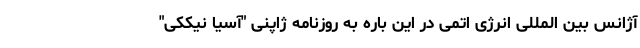
آژانس بین المللی انرژی اتمی در این باره به روزنامه ژاپنی "آسیا نیککی"